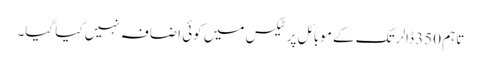
تاہم 350 ڈالر تک کے موبائل پر ٹیکس میں کوئی اضافہ نہیں کیا گیا۔